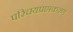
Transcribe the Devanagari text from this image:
परिचयप्राप्तकरण